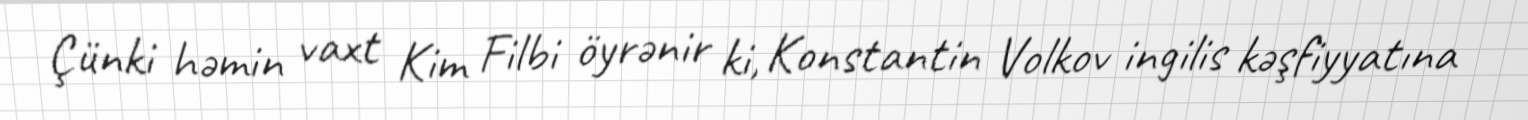
Çünki həmin vaxt Kim Filbi öyrənir ki, Konstantin Volkov ingilis kəşfiyyatına